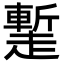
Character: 䟅